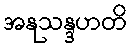
အနုသန္ဒဟတိ